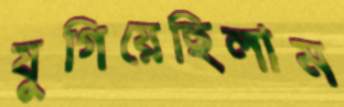
যুগিয়েছিলাম